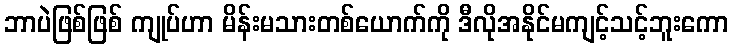
ဘာပဲဖြစ်ဖြစ် ကျုပ်ဟာ မိန်းမသားတစ်ယောက်ကို ဒီလိုအနိုင်မကျင့်သင့်ဘူးကော